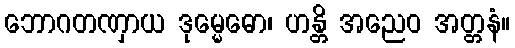
ဘောဂတဏှာယ ဒုမ္မေဓော၊ ဟန္တိ အညေဝ အတ္တနံ။